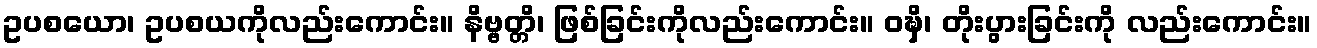
ဥပစယော၊ ဥပစယကိုလည်းကောင်း။ နိဗ္ဗတ္တိ၊ ဖြစ်ခြင်းကိုလည်းကောင်း။ ဝဍ္ဎှိ၊ တိုးပွားခြင်းကို လည်းကောင်း။